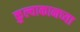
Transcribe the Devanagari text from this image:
कुल्वाकानच्या